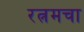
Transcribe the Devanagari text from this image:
रत्नमचा